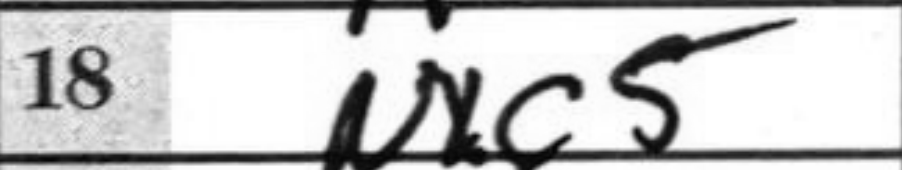
Transcription: Nxc5